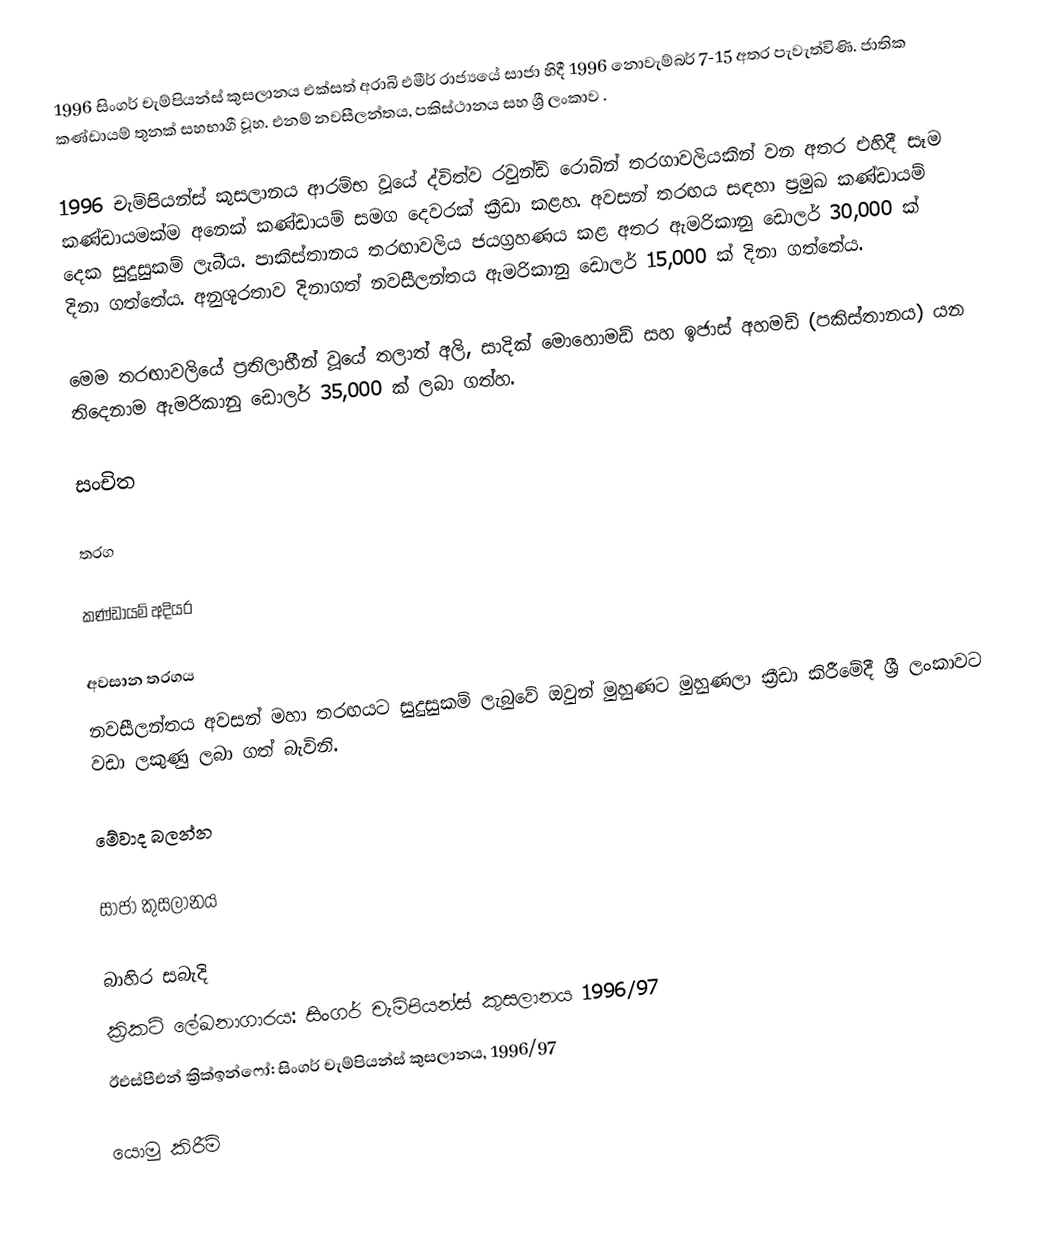
1996 සිංගර් චැම්පියන්ස් කුසලානය එක්සත් අරාබි එමීර් රාජ්‍යයේ සාජා හිදී 1996 නොවැම්බර් 7-15 අතර පැවැත්විණි. ජාතික කණ්ඩායම් තුනක් සහභාගී වූහ. එනම් නවසීලන්තය, පකිස්ථානය සහ ශ්‍රී ලංකාව .

1996 චැම්පියන්ස් කුසලානය ආරම්භ වූයේ ද්විත්ව රවුන්ඩ් රොබින් තරගාවලියකින් වන අතර එහිදී සෑම කණ්ඩායමක්ම අනෙක් කණ්ඩායම් සමග දෙවරක් ක්‍රීඩා කළහ. අවසන් තරඟය සඳහා ප්‍රමුඛ කණ්ඩායම් දෙක සුදුසුකම් ලැබීය. පාකිස්තානය තරඟාවලිය ජයග්‍රහණය කළ අතර ඇමරිකානු ඩොලර් 30,000 ක් දිනා ගත්තේය. අනුශූරතාව දිනාගත් නවසීලන්තය ඇමරිකානු ඩොලර් 15,000 ක් දිනා ගත්තේය.

මෙම තරඟාවලියේ ප්‍රතිලාභීන් වූයේ තලාත් අලි, සාදික් මොහොමඩ් සහ ඉජාස් අහමඩ් (පකිස්තානය) යන තිදෙනාම ඇමරිකානු ඩොලර් 35,000 ක් ලබා ගත්හ.

සංචිත

තරග

කණ්ඩායම් අදියර

අවසාන තරගය
නවසීලන්තය අවසන් මහා තරඟයට සුදුසුකම් ලැබුවේ ඔවුන් මුහුණට මුහුණලා ක්‍රීඩා කිරීමේදී ශ්‍රී ලංකාවට වඩා ලකුණු ලබා ගත් බැවිනි.

මේවාද බලන්න

 සාජා කුසලානය

බාහිර සබැදි
 ක්‍රිකට් ලේඛනාගාරය: සිංගර් චැම්පියන්ස් කුසලානය 1996/97
 ඊඑස්පීඑන් ක්‍රික්ඉන්ෆෝ: සිංගර් චැම්පියන්ස් කුසලානය, 1996/97

යොමු කිරීම්